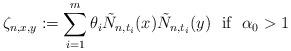
LaTeX: \begin{align*}\zeta_{n,x,y}:=\sum_{i=1}^m\theta_i\tilde N_{n,t_i}(x)\tilde N_{n,t_i}(y)\ \ \mbox{if}\ \ \alpha_0>1\end{align*}